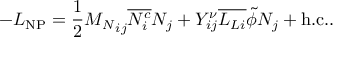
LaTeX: - { \cal L } _ { \mathrm { N P } } = \frac { 1 } { 2 } { M _ { N } } _ { i j } \overline { { { N _ { i } ^ { c } } } } N _ { j } + Y _ { i j } ^ { \nu } \overline { { { L _ { L i } } } } \tilde { \phi } N _ { j } + \mathrm { h . c . } .